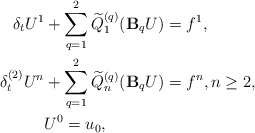
\begin{align*} \delta_t U^1 & + \sum\limits_{q=1}^{2}\widetilde{Q}_{1}^{(q)}(\mathbf{B}_qU) = f^{1}, \\ \delta_t^{(2)} U^n & + \sum\limits_{q=1}^{2} \widetilde{Q}_{n}^{(q)}(\mathbf{B}_qU) = f^{n}, n\geq 2, \\ & U^0=u_0, \end{align*}